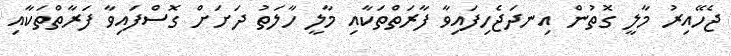
ޖެހޭއިރު މާލީ ގޮތުން އިނދަޖެހިފައިވާ ފާރަތްތަކާއި މާލީ ހާލަތު ދަށަށް ގޮސްފައިވާ ފަރާތްތަކާއި